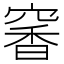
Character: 𥧎